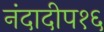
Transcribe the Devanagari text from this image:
नंदादीप१६